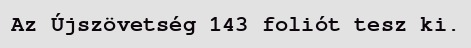
Az Újszövetség 143 foliót tesz ki.